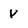
Character: Y